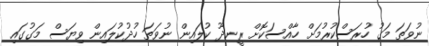
ނުވަތަ މަގު ހުރަސްކުރުމަށް ހާއްސަކޮށް ރީނދޫ ކުލައިން ނުވަތަ ހުދުކުލައިން ވިޔަސް މަގުގައި